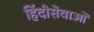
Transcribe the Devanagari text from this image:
हिंदीसेवाओं